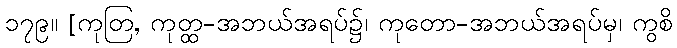
၁၇၉။ [ကုတြ, ကုတ္ထ-အဘယ်အရပ်၌၊ ကုတော-အဘယ်အရပ်မှ၊ ကွစိ